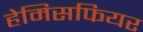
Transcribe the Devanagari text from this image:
हेमिसफियर